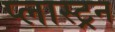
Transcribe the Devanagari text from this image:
प्लास्ट्रन